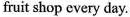
fruit shop every day.